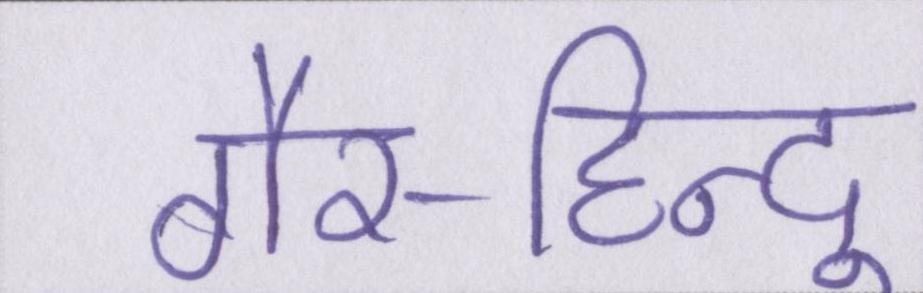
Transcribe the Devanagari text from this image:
गैर-हिन्दू